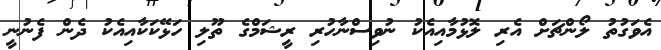
އެވަގުތު ލޯންޗަށް އެރި ލޮޅުމާއިއެކު ނުވިސްނާހުރި ރީޝަމްގެ ތޫލި ހަޅޭކަކާއިއެކު ދެން ފެނުނީ